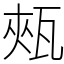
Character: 㼪